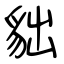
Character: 貀